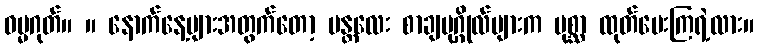
ဓမ္မဂုတ်။ ။ နောက်နေ့များအတွက်တော့ မန္တလေး စာချပုဂ္ဂိုလ်များက ပုစ္ဆာ ထုတ်ပေးကြရဲ့လား။